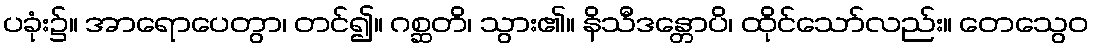
ပခုံး၌။ အာရောပေတွာ၊ တင်၍။ ဂစ္ဆတိ၊ သွား၏။ နိသီဒန္တောပိ၊ ထိုင်သော်လည်း။ တေသွေဝ